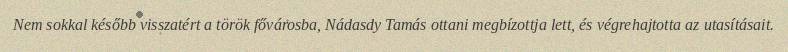
Nem sokkal később visszatért a török fővárosba, Nádasdy Tamás ottani megbízottja lett, és végrehajtotta az utasításait.